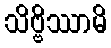
သိဗ္ဗိဿာမိ